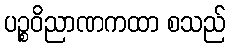
ပဉ္စဝိညာဏကထာ စသည်